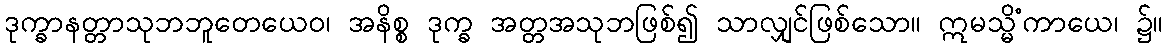
ဒုက္ခာနတ္တာသုဘဘူတေယေဝ၊ အနိစ္စ ဒုက္ခ အတ္တအသုဘဖြစ်၍ သာလျှင်ဖြစ်သော။ ဣမသ္မိံကာယေ၊ ၌။